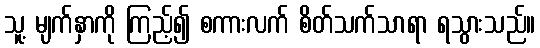
သူ့ မျက်နှာကို ကြည့်၍ စကားလက် စိတ်သက်သာရာ ရသွားသည်။